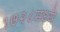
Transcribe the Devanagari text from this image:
१७२८मध्ये